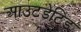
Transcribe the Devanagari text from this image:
आउटडेटिड